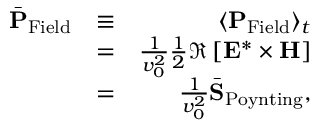
\begin{array} { r l r } { \bar { \bf P } _ { \mathrm { F i e l d } } } & { \equiv } & { \langle { \bf P } _ { \mathrm { F i e l d } } \rangle _ { t } } \\ & { = } & { \frac { 1 } { v _ { 0 } ^ { 2 } } \frac { 1 } { 2 } \Re \left[ { \bf E } ^ { * } \times { \bf H } \right] } \\ & { = } & { \frac { 1 } { v _ { 0 } ^ { 2 } } \bar { \bf S } _ { \mathrm { P o y n t i n g } } , } \end{array}